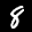
Label: 8